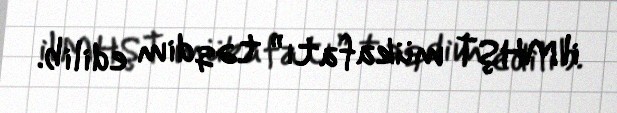
il MHŞT mükafatı” təqdim edilib.